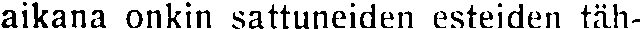
aikana onkin sattuneiden esteiden täh-